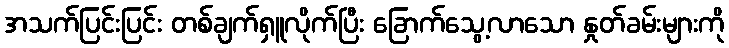
အသက်ပြင်းပြင်း တစ်ချက်ရှူလိုက်ပြီး ခြောက်သွေ့လာသော နှုတ်ခမ်းများကို